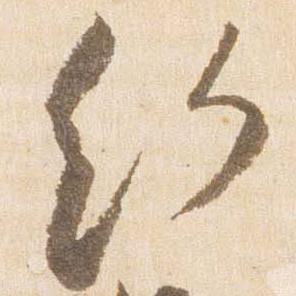
給